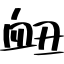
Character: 衄